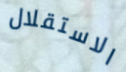
الاستقلال